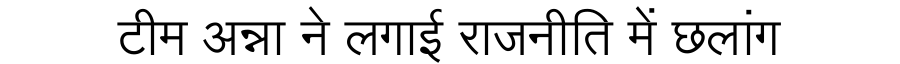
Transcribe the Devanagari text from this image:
टीम अन्ना ने लगाई राजनीति में छलांग